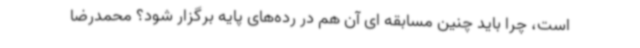
است، چرا باید چنین مسابقه ای آن هم در رده‌های پایه برگزار شود؟ محمدرضا